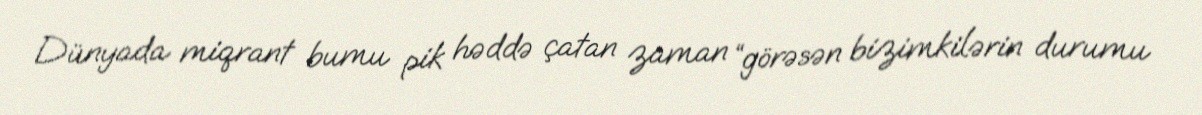
Dünyada miqrant bumu pik həddə çatan zaman “görəsən bizimkilərin durumu